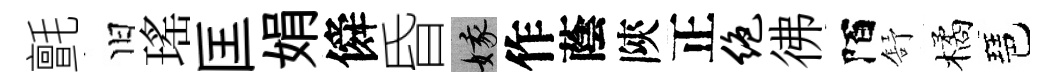
氈旧瑤匡娟僢昏娥作蔭陝正绝彿陌舒橘琶